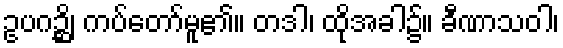
ဥပဂဉ္ဆိ၊ ကပ်တော်မူ၏။ တဒါ၊ ထိုအခါ၌။ ခီဏာသဝါ၊